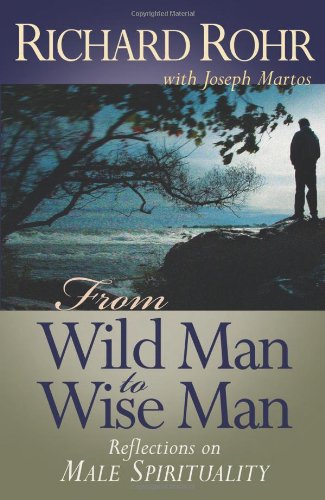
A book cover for From Wild Man to Wise Man: Reflections on Male Spirituality; Richard Rohr O.F.M.; Christian Books & Bibles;